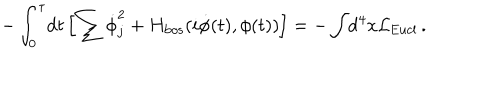
- \int _ { 0 } ^ { \tau } \! \mathrm { d } t \left[ \sum \dot { \phi } _ { j } ^ { 2 } + H _ { \mathrm { b o s } } ( i \dot { \phi } ( t ) , \phi ( t ) ) \right] = - \int \! \mathrm { d } ^ { 4 } x { \cal L } _ { \mathrm { E u c l } } \, .